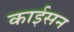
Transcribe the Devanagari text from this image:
काईसन